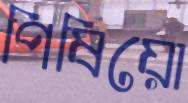
পিষিয়ো